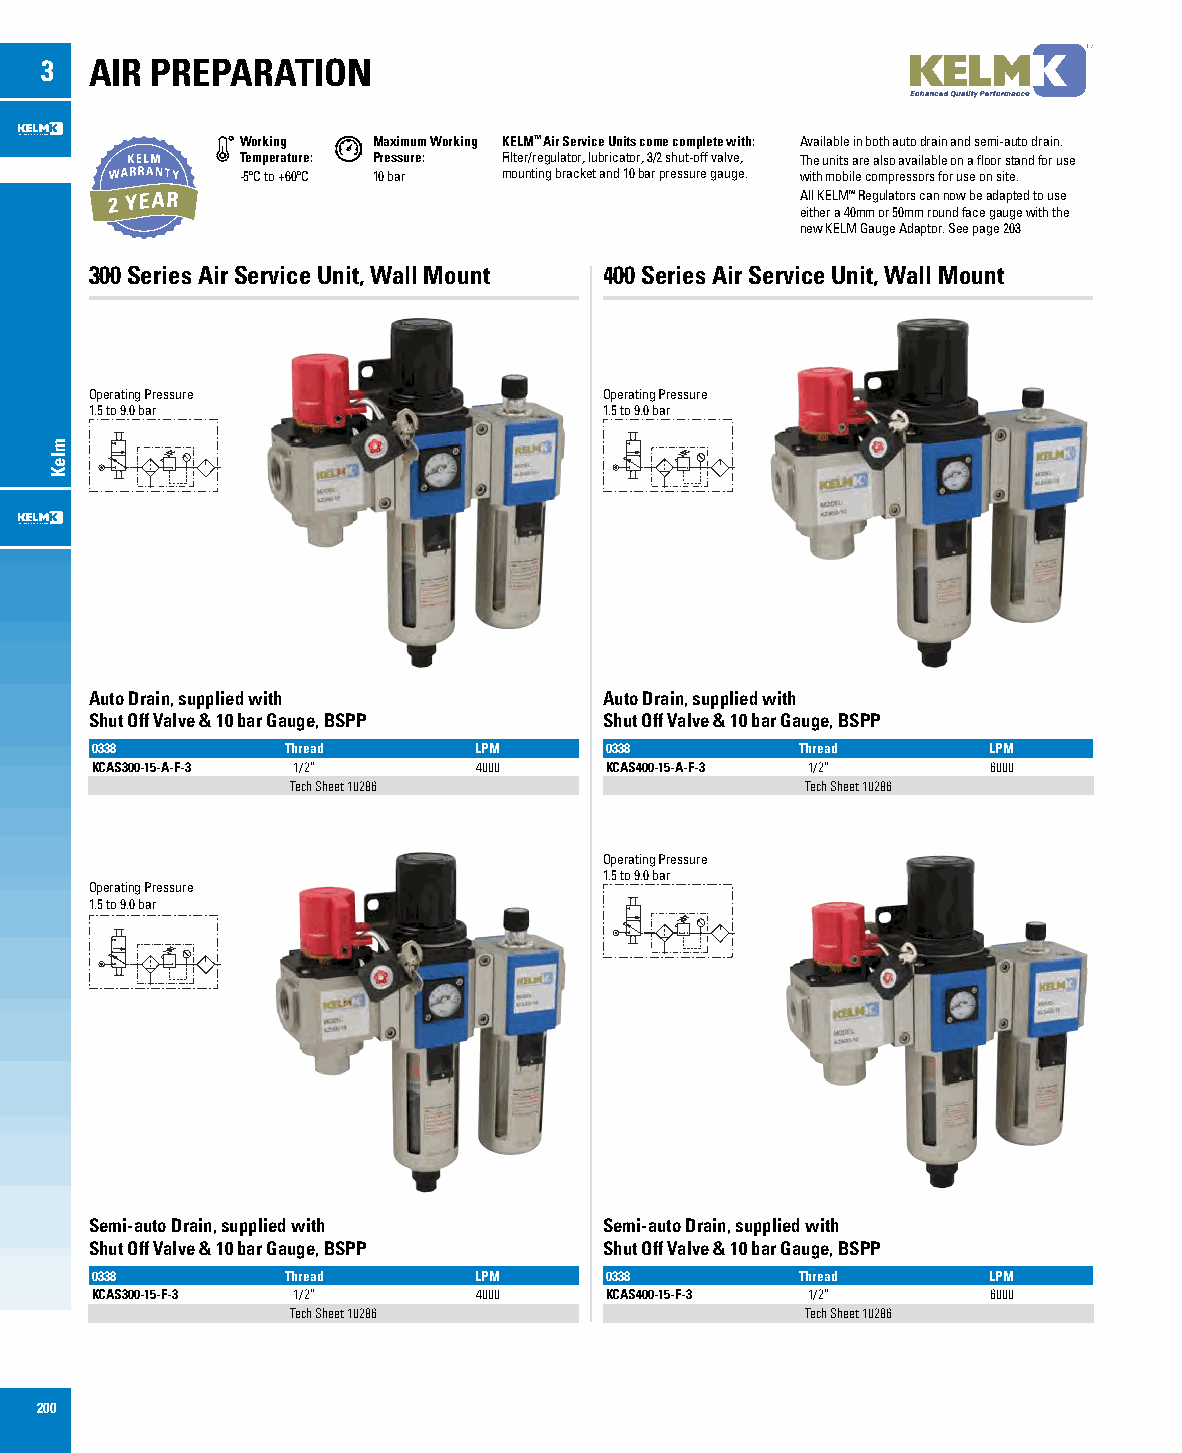
3  AIR PREPARATION
 Working  Maximum Working KELM™ Air Service Units come complete with: Available in both auto drain and semi-auto drain.
 Temperature: Pressure: Filter/regulator, lubricator, 3/2 shut-off valve, The units are also available on a floor stand for use
 -5ºC to +60ºC 10 bar mounting bracket and 10 bar pressure gauge. with mobile compressors for use on site.
 All KELM™ Regulators can now be adapted to use
 either a 40mm or 50mm round face gauge with the
 new KELM Gauge Adaptor. See page 203
 300 Series Air Service Unit, Wall Mount 400 Series Air Service Unit, Wall Mount
 Operating Pressure                Operating Pressure
 1.5 to 9.0 bar                    1.5 to 9.0 bar
 Auto Drain, supplied with         Auto Drain, supplied with
 Shut Off Valve & 10 bar Gauge, BSPP Shut Off Valve & 10 bar Gauge, BSPP
 0338         Thread      LPM      0338         Thread      LPM
 KCAS300-15-A-F-3 1/2”    4000     KCAS400-15-A-F-3 1/2”    6000
 Tech Sheet 10286                  Tech Sheet 10286
 Operating Pressure
 1.5 to 9.0 bar
 Operating Pressure
 1.5 to 9.0 bar
 Semi-auto Drain, supplied with    Semi-auto Drain, supplied with
 Shut Off Valve & 10 bar Gauge, BSPP Shut Off Valve & 10 bar Gauge, BSPP
 0338         Thread      LPM      0338         Thread      LPM
 KCAS300-15-F-3 1/2”      4000     KCAS400-15-F-3 1/2”      6000
 Tech Sheet 10286                  Tech Sheet 10286
 200
 mleK